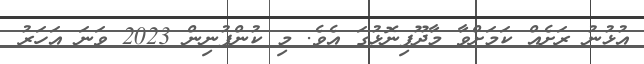
އުޅުނު ރަށެއް ކަމަށްވާ މާދޫފިނޮޅުގަ އެވެ. މި ކުންފުނިން 2023 ވަނަ އަހަރު